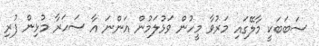
ސަބަބަކީ މާލޭގައި މަރުވާ މީހުން ވަޅުލަމުން އަންނަ އާ ސަހަރާ މުޅިން ފުރި